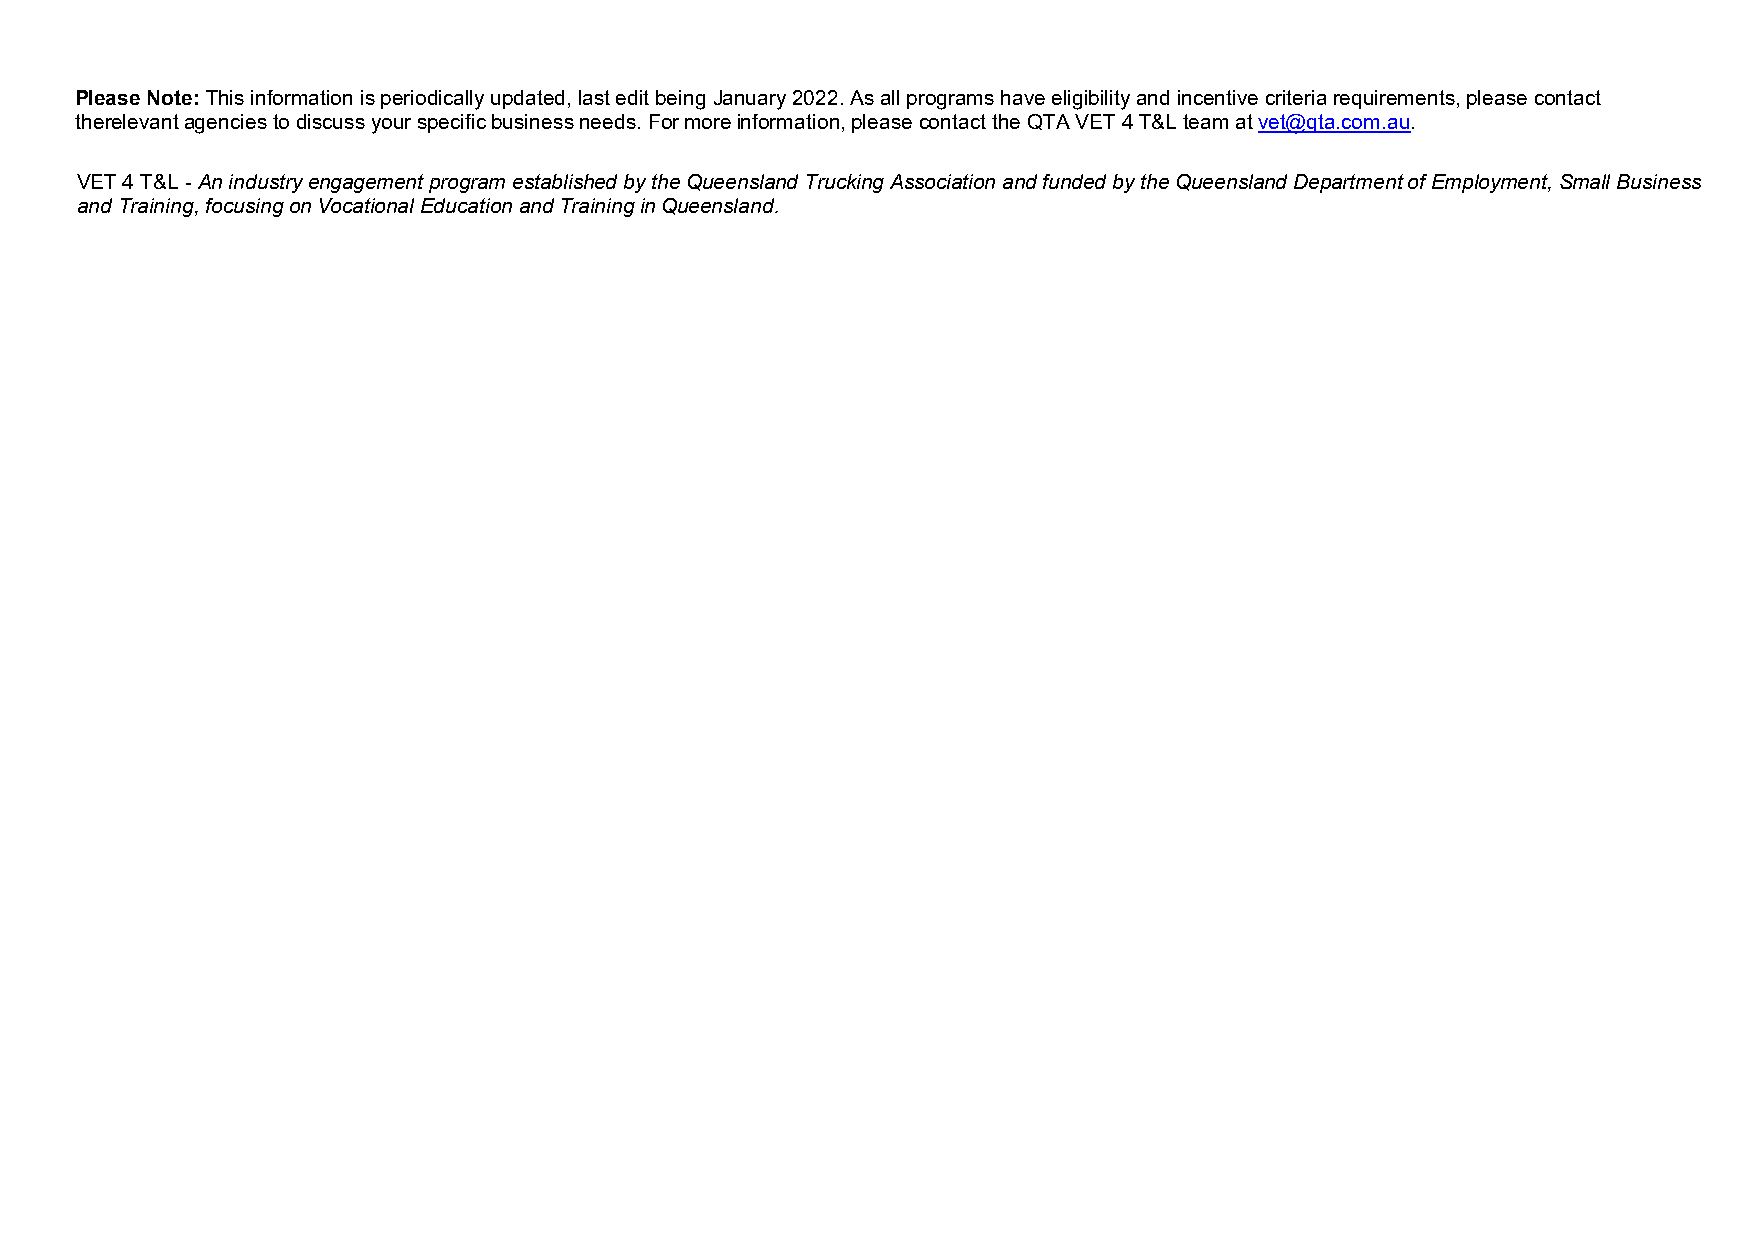
Please Note: This information is periodically updated, last edit being January 2022. As all programs have eligibility and incentive criteria requirements, please contact
 the relevant agencies to discuss your specific business needs. For more information, please contact the QTA VET 4 T&L team at vet@qta.com.au.
 VET 4 T&L - An industry engagement program established by the Queensland Trucking Association and funded by the Queensland Department of Employment, Small Business
 and Training, focusing on Vocational Education and Training in Queensland.